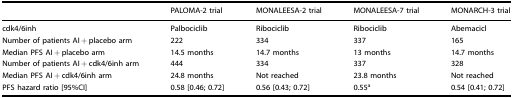
<table><thead><tr><td></td><td><b>PALOMA-2 trial</b></td><td><b>MONALEESA-2 trial</b></td><td><b>MONALEESA-7 trial</b></td><td><b>MONARCH-3 trial</b></td></tr></thead><tbody><tr><td>cdk4/6inh</td><td>Palbociclib</td><td>Ribociclib</td><td>Ribociclib</td><td>Abemacicl</td></tr><tr><td>Number of patients AI + placebo arm</td><td>222</td><td>334</td><td>337</td><td>165</td></tr><tr><td>Median PFS AI + placebo arm</td><td>14.5 months</td><td>14.7 months</td><td>13 months</td><td>14.7 months</td></tr><tr><td>Number of patients AI + cdk4/6inh arm</td><td>444</td><td>334</td><td>337</td><td>328</td></tr><tr><td>Median PFS AI + cdk4/6inh arm</td><td>24.8 months</td><td>Not reached</td><td>23.8 months</td><td>Not reached</td></tr><tr><td>PFS hazard ratio [95%CI]</td><td>0.58 [0.46; 0.72]</td><td>0.56 [0.43; 0.72]</td><td>0.55<sup>a</sup></td><td>0.54 [0.41; 0.72]</td></tr></tbody></table>